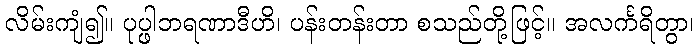
လိမ်းကျံ၍။ ပုပ္ဖါဘရဏာဒီဟိ၊ ပန်းတန်းတာ စသည်တို့ဖြင့်။ အလင်္ကရိတွာ၊